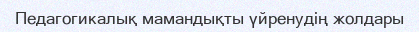
Педагогикалық мамандықты үйренудің жолдары